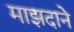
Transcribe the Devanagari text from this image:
माझदाने